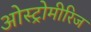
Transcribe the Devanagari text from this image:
ओस्ट्रोमीरिज